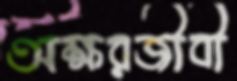
অক্ষরজীবী